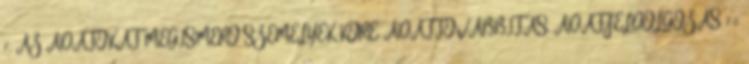
7. AZ ADATOKAT MEGISMERŐ SZEMÉLYEK KÖRE, ADATTOVÁBBÍTÁS, ADATFELDOLGOZÁS 7.1.